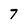
Character: 7